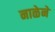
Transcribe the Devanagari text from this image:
नाळेने